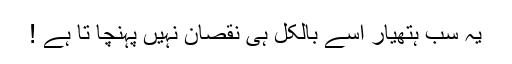
یہ سب ہتھیار اسے بالکل ہی نقصان نہیں پہنچا تا ہے !